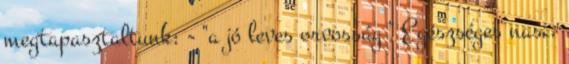
megtapasztaltunk: - "a jó leves orvosság " Egészséges nasi.